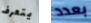
يتعرف بعدد